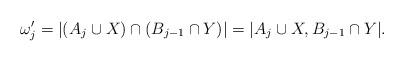
LaTeX: \begin{align*}\omega'_j = | (A_j \cup X) \cap (B_{j-1} \cap Y)| = | A_j \cup X, B_{j-1} \cap Y|.\end{align*}